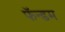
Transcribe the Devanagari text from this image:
फॅन्डम